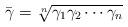
LaTeX: \begin{align*}\bar{\gamma}={}\sqrt[n]{\gamma_1\gamma_2\cdots{}\gamma_n}\end{align*}